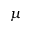
\mu